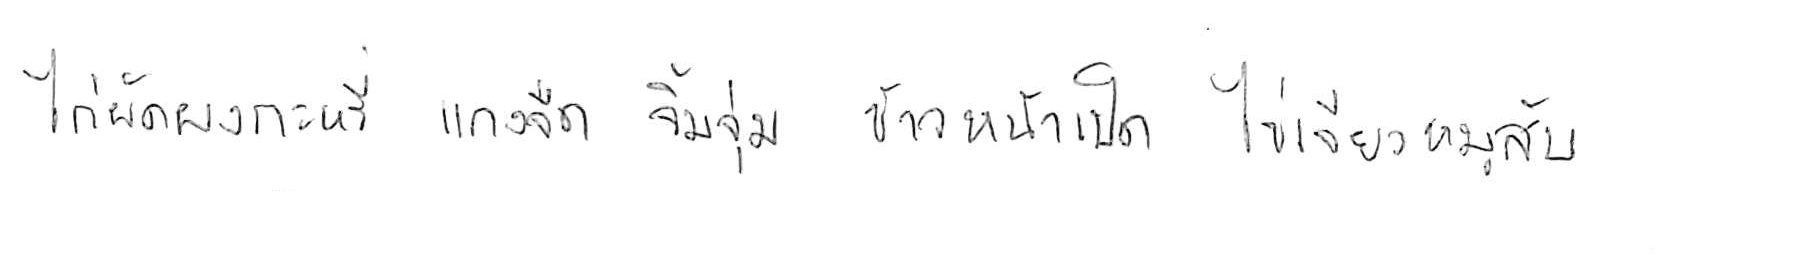
ไก่ผัดผงกะหรี่ แกงจืด จิ้มจุ่ม ข้าวหน้าเป็ด ไข่เจียวหมูสับ